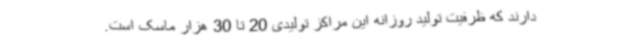
دارند که ظرفیت تولید روزانه این مراکز تولیدی 20 تا 30 هزار ماسک است.